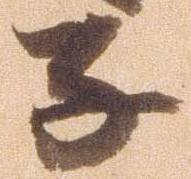
子